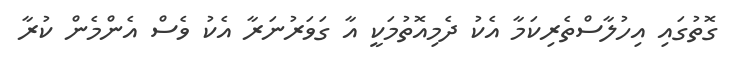
ގޮތުގައި އިހުލާސްތެރިކަމާ އެކު ދެމިއޮތުމަކީ އާ ގަވަރުނަރާ އެކު ވެސް އެންމެން ކުރާ